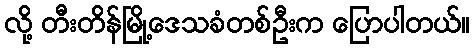
လို့ တီးတိန်မြို့ဒေသခံတစ်ဦးက ပြောပါတယ်။